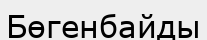
Бөгенбайды